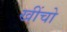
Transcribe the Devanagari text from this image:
खींचो